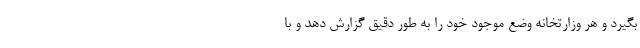
بگیرد و هر وزارتخانه وضع موجود خود را به طور دقیق گزارش دهد و با